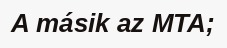
A másik az MTA;